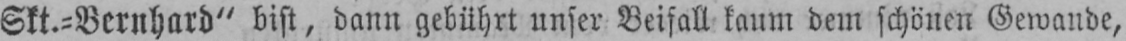
Skt.⸗-Bernhard“ bist, dann gebührt unser Beifall kaum dem schönen Gewande,